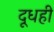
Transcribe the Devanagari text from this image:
दूधही